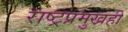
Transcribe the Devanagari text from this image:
राष्ट्रप्रमुखही